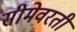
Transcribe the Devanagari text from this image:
सीमेवरती